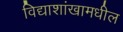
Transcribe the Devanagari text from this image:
विद्याशांखामधील